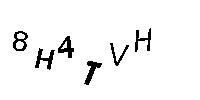
8H4TVH